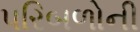
પરિબળોની